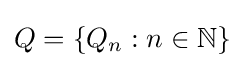
Q={\{Q_{n}:n\in \mathbb {N} \}}